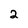
Character: 2